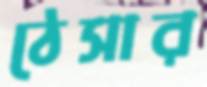
ঠেসার